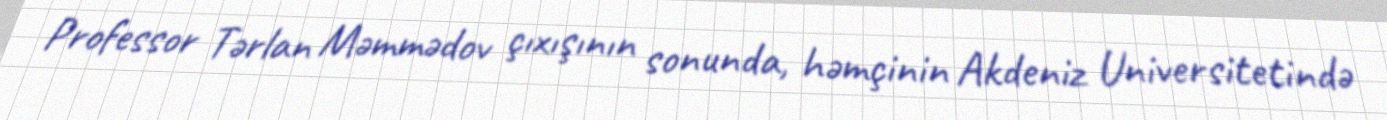
Professor Tərlan Məmmədov çıxışının sonunda, həmçinin Akdeniz Universitetində